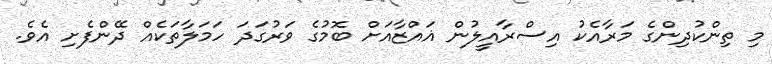
މި ތިންކުދިންގެ މަރާއެކު އިސްރާއީލުން ޣައްޒާއަށް ބޮމުގެ ވަރުގަދަ ހަމަލާތަކެއް ދޭންފެށި އެވެ.